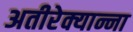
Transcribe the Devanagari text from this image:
अतीरेक्यान्ना